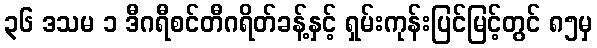
၃၆ ဒသမ ၁ ဒီဂရီစင်တီဂရိတ်ခန့်နှင့် ရှမ်းကုန်းပြင်မြင့်တွင် ၈၅မှ